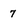
Character: 7